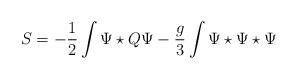
LaTeX: \begin{align*}S = -\frac{1}{2}\int \Psi \star Q \Psi -\frac{g}{3} \int \Psi \star\Psi \star \Psi\end{align*}